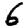
Digit: 6